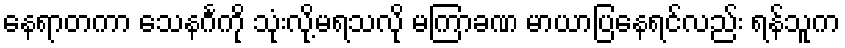
နေရာတကာ သေနင်္ဂကို သုံးလို့မရသလို မကြာခဏ မာယာပြနေရင်လည်း ရန်သူက